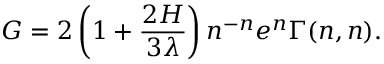
G = 2 \left( 1 + { \frac { 2 H } { 3 \lambda } } \right) n ^ { - n } e ^ { n } \Gamma ( n , n ) .